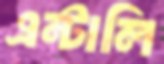
এন্টালি